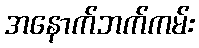
အနောက်ဘက်ကမ်း